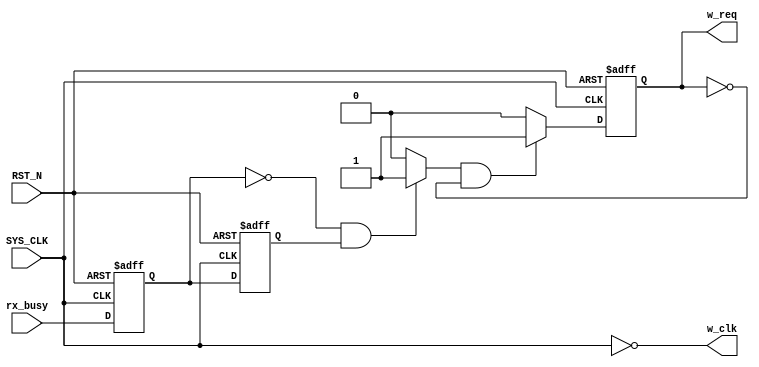
module UART_Rxd_CTRL(
input 							SYS_CLK			,
input							RST_N			,

input							rx_busy			,


output		reg					w_req			,
output							w_clk			


);

//-------------------------------------------------------
//-- 
//-------------------------------------------------------
reg								rx_busy_edge_now	;
reg								rx_busy_edge_pre	;

wire							flag_receive_data	;

//-------------------------------------------------------
//-- 
//-------------------------------------------------------
assign	w_clk = ~SYS_CLK ;


//-------------------------------------------------------
//-- 
//-------------------------------------------------------
always@(posedge SYS_CLK or negedge RST_N) begin
	if(!RST_N) begin
		rx_busy_edge_now <= 1'b0 ;
		rx_busy_edge_pre <= 1'b0 ;
	end
	else begin
		rx_busy_edge_now <= rx_busy ;
		rx_busy_edge_pre <= rx_busy_edge_now ;
	end

end

assign	flag_receive_data = (rx_busy_edge_now == 1'b0 && rx_busy_edge_pre == 1'b1) ? 1'b1 : 1'b0 ;
//-------------------------------------------------------
//-- 
//-------------------------------------------------------
always@(posedge SYS_CLK or negedge RST_N) begin
	if(!RST_N) begin
		w_req <= 1'b0 ;
	end
	else if(flag_receive_data && !w_req) begin
		w_req <= 1'b1 ;
	end
	else begin
		w_req <= 1'b0 ;
	end

end


endmodule